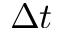
\Delta t